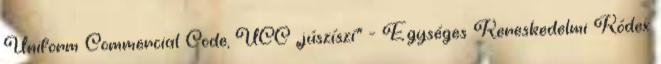
Uniform Commercial Code, UCC „júszíszí” - Egységes Kereskedelmi Kódex